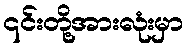
၎င်းတို့အားလုံးမှာ